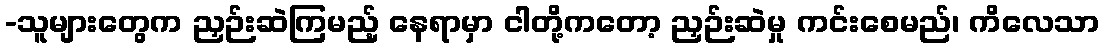
-သူများတွေက ညှဉ်းဆဲကြမည့် နေရာမှာ ငါတို့ကတော့ ညှဉ်းဆဲမှု ကင်းစေမည်၊ ကိလေသာ